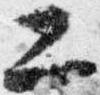
二